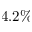
4 . 2 \%